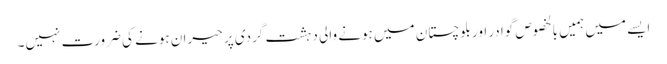
ایسے میں ہمیں بالخصوص گوادر اور بلوچستان میں ہونے والی دہشت گردی پر حیران ہونے کی ضرورت نہیں۔